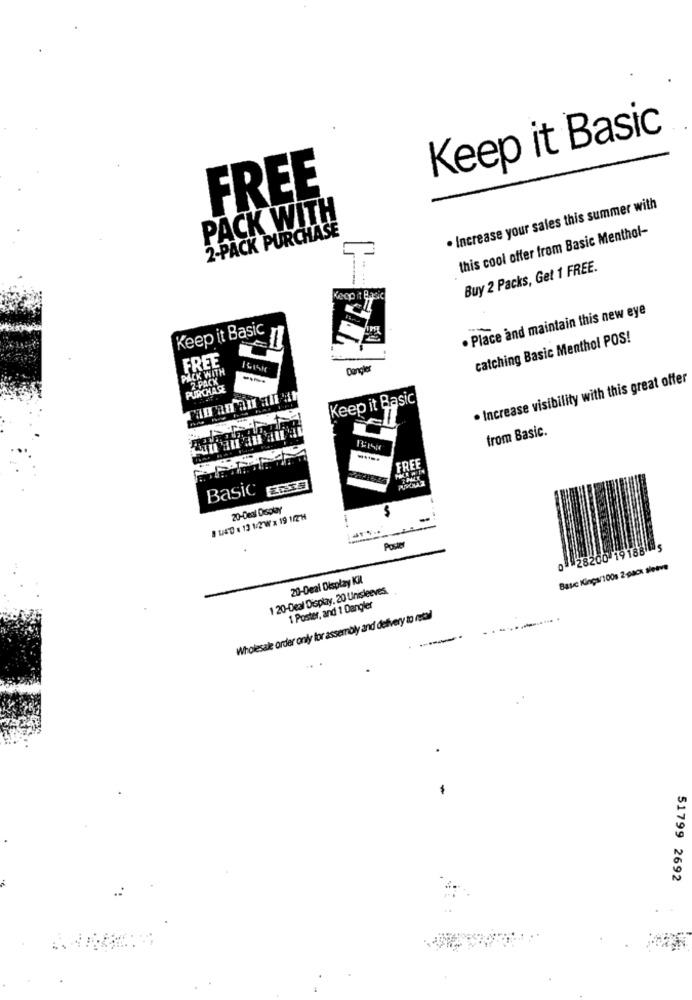
Keep it Basic
FREE
· Increase your sales this summer with
PACK WITH
2-PACK PURCHASE
this cool offer from Basic Menthol-
Buy 2 Packs, Get 1 FREE.
. Place and maintain this new eye
Keep it Basic
catching Basic Menthol POS!
FREE
PACK WITH
Dangler
2-PACK
. Increase visibility with this great offer
PURCHAS
Keep it Basic
from Basic.
FREE
Basic ERS37
20-Deal Display
8 1/40 13 12 Wx1917H
-
Poster
0 28200 19188 5
Basc Kings/100s 2-pack tetve
20-Deal Display Kil
1 20-Deal Display. 20 Unisleeves.
1 Poster, and 1 Dangler
Wholesale order only for assembly and delivery to retal
51799 2692